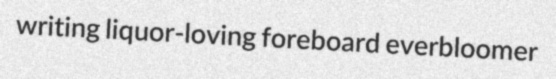
writing liquor-loving foreboard everbloomer